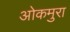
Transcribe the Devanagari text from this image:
ओकमुरा